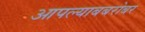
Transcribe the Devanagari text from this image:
आपल्याबबरोबर